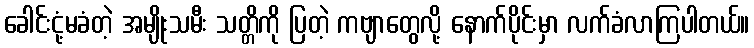
ခေါင်းငုံ့မခံတဲ့ အမျိုးသမီး သတ္တိကို ပြတဲ့ ကဗျာတွေလို့ နောက်ပိုင်းမှာ လက်ခံလာကြပါတယ်။